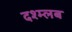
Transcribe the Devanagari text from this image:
दश्म्लब